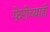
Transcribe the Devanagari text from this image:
फेरीच्याही